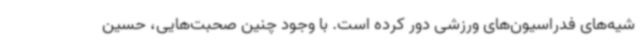
شیه‌های فدراسیون‌های ورزشی دور کرده است. با وجود چنین صحبت‌هایی، حسین